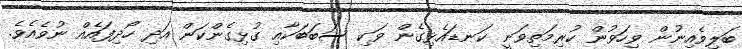
ބަލިވެއިނުން ވިހަވުން ކުރިމަތިވަނީ ކަނޑައެޅިގެން ވަކި ސަބަބަކާއި ގުޅިގެންކަން އަދި ހޯދިފައެއް ނުވެއެވެ.